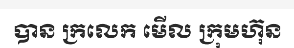
បាន ក្រលេក មើល ក្រុមហ៊ុន